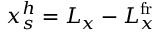
x _ { s } ^ { h } = L _ { x } - L _ { x } ^ { \mathrm { f r } }